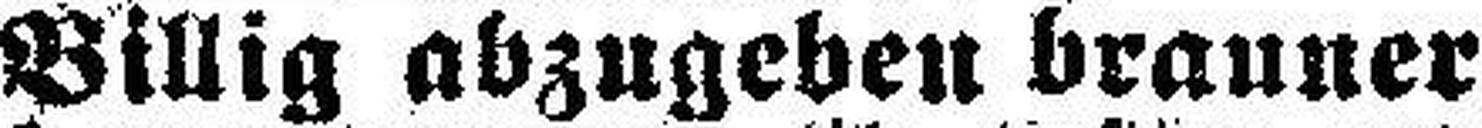
Billig abzugeben brauner